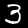
Digit: 3